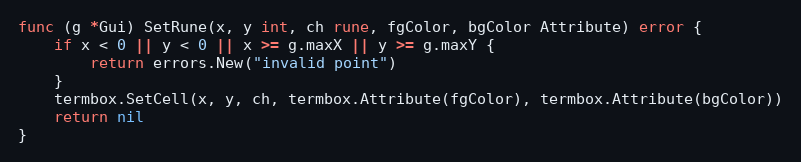
Language: Go
func (g *Gui) SetRune(x, y int, ch rune, fgColor, bgColor Attribute) error {
	if x < 0 || y < 0 || x >= g.maxX || y >= g.maxY {
		return errors.New("invalid point")
	}
	termbox.SetCell(x, y, ch, termbox.Attribute(fgColor), termbox.Attribute(bgColor))
	return nil
}